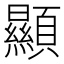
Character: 顯